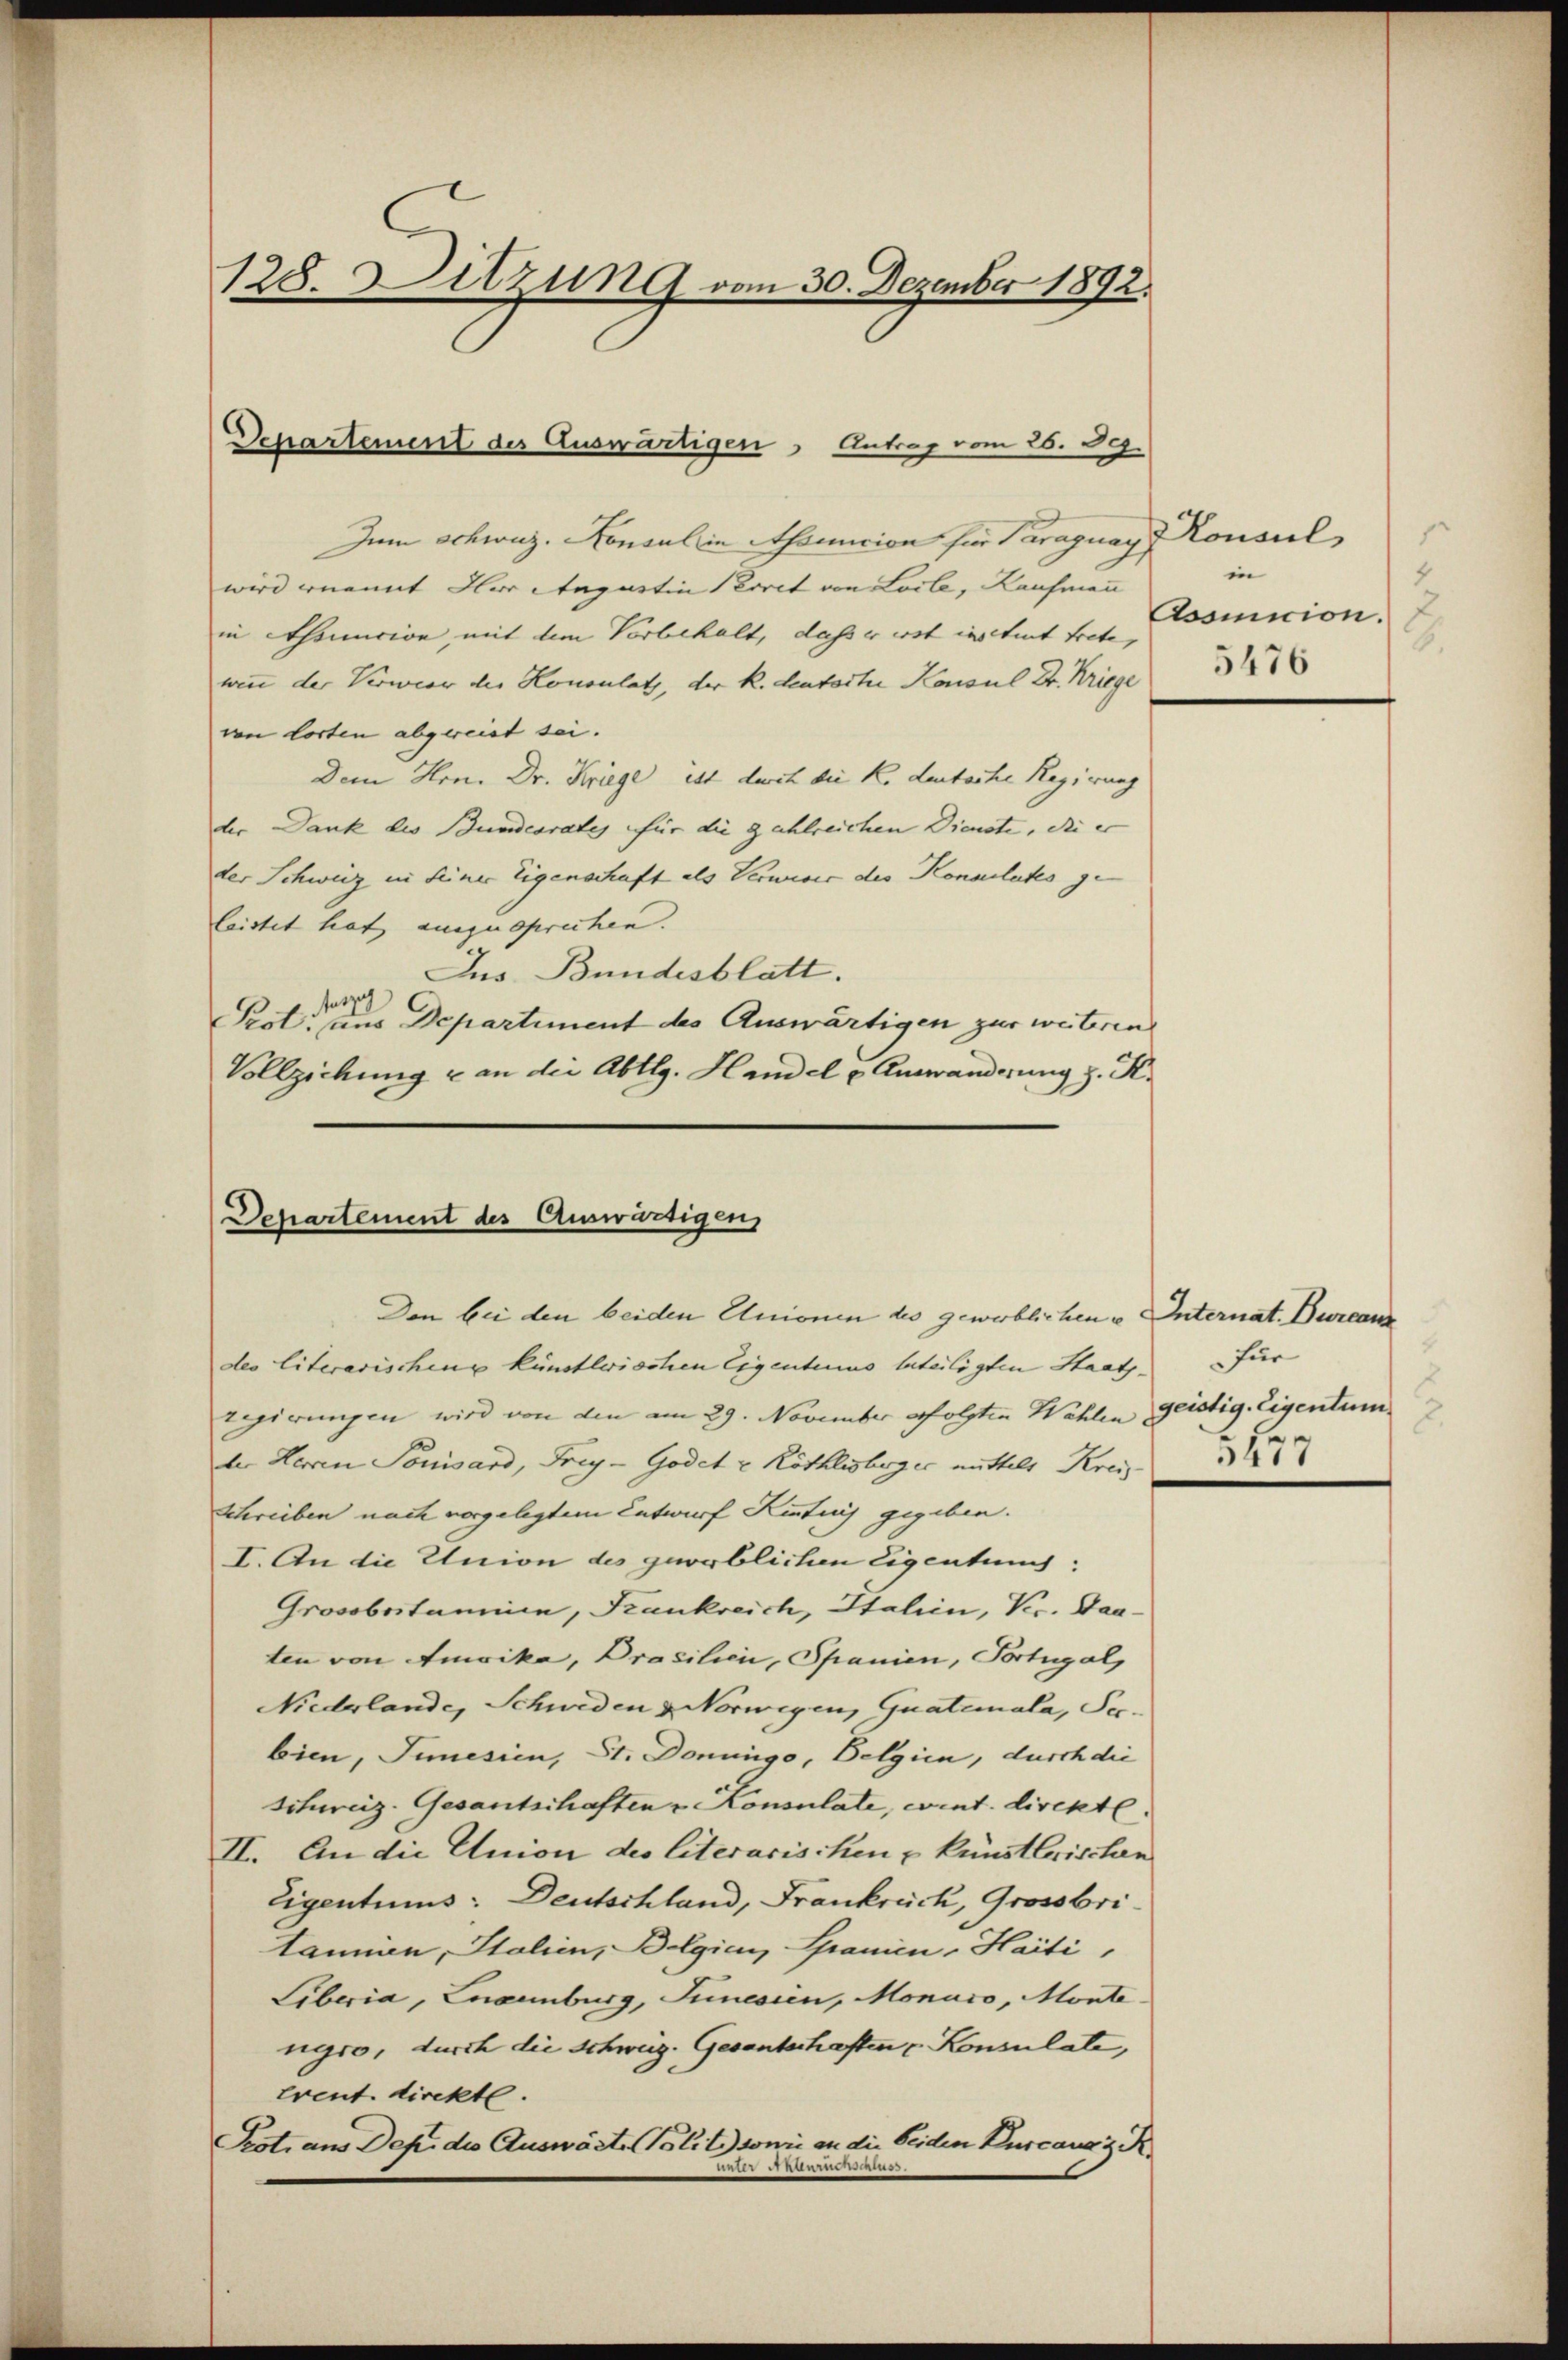
Zum Schweiz. Konsul in Afsuncion für Paraguay & Konsul
wird ernannt Iler Anpartin Secret von Loile, Kaufmann
in Thunicion mit dem Vorbehalt, dass er erst instent trete,
wenn der Verwier der Hononlatz, der k. Lentorte Konsul Dr. Kriege
von lorten abgereist sei.
Dem Hrn. Dr. Kriege, ist durch die K. deutsche Regierung
der Dank des Bundesrates für die zahlreichen Dienste, die er
der Schweiz in seiner Eigenschaft als Verweser der Konsulates ge
leistet hat auszusprechen.
Jus Bundesblatt.
Auszu
Prot. aus Departiment des Auswärtigen zur weiteren
Vollziehung & an die Abtlg. Handel u. Auswanderung z. K.

128. Sitzung vom 30. Dezember 1892.

Departement des Auswärtigen Antrag vom 26. 899.

Departement des Auswärtigen
Den bei den beiden Unionen des gewerblichen u Unternat. Durcanz

des literarischen künstleissten Eigentums lateiligten Staatsregierungen wird von den am 29. November erfolgten Wählen Geistig. Eigentum
der Herren Louisard, Frey-Godet u Röthlisberger mittels Kreiz
Schreiben nach vorgelegtem Entwurf Kenntnis gegeben.
I. An die Union des gewerblichen Eigentum;
Grosobestamin, Frankreich, Italien, Ver. Daaten von Amvika, Prasilien, Spanien, Portugal
Niederlande, Schweden & Norwegen, Guateinala, Pebien, Innesien, St. Donnngo, Belgien, durch die
schweiz. Gesantschaften u. Konsulate, eint. Circkte.
II. An die Union des literarischen u künstlerischen
Eigentums: Deutschland, Frankrück, Grossbritanien, Italien, Belgien, Granien, Haiti,
Liberia, Endenburg, Junesien, Monaro, Montengro, durch die Schweig. Gesantschaften u. Konsulate,
event direkte.
Pest, aus Dep. des Auswärte Politz sowie an die Seiden Burcana z. R.
Vater Adminis

1
in
4
Asomicion.
6.
5476

für
6.
5477